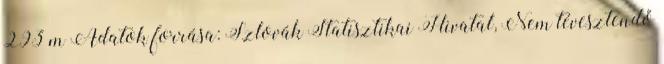
293 m Adatok forrása: Szlovák Statisztikai Hivatal, Nem tévesztendő